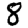
Digit: 8